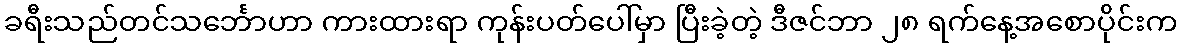
ခရီးသည်တင်သင်္ဘောဟာ ကားထားရာ ကုန်းပတ်ပေါ်မှာ ပြီးခဲ့တဲ့ ဒီဇင်ဘာ ၂၈ ရက်နေ့အစောပိုင်းက